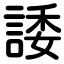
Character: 諉